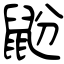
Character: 鼢